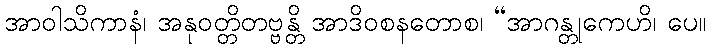
အာဝါသိကာနံ၊ အနုဝတ္တိတဗ္ဗန္တိ အာဒိဝစနတောစ၊ “အာဂန္တုကေဟိ၊ ပေ။